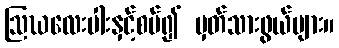
ဩဃလေးပါးနှင့်စပ်၍ မှတ်သားဖွယ်များ။